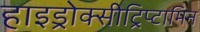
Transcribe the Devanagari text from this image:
हाइड्रोक्सीट्रिप्टामिन